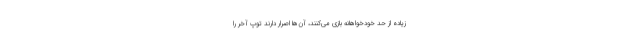
زیاده از حد خودخواهانه بازی می‌کنند، آن‌ها اصرار دارند توپ آخر را